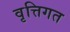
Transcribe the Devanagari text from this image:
वृत्तिगत